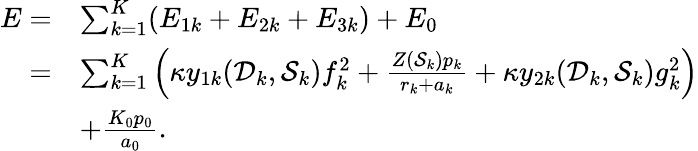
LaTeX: \begin{array}{rl}{E=}&{\sum_{k=1}^{K}(E_{1k}+E_{2k}+E_{3k})+E_{0}}\\ {=}&{\sum_{k=1}^{K}\left(\kappa y_{1k}(\mathcal D_{k},\mathcal S_{k})f_{k}^{2}+\frac{Z(\mathcal S_{k})p_{k}}{r_{k}+a_{k}}+\kappa y_{2k}(\mathcal D_{k},\mathcal S_{k})g_{k}^{2}\right)}\\ &{+\frac{K_{0}p_{0}}{a_{0}}.}\end{array}